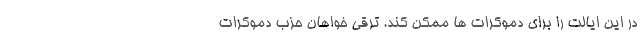
در این ایالت را برای دموکرات ها ممکن کند. ترقی خواهان حزب دموکرات